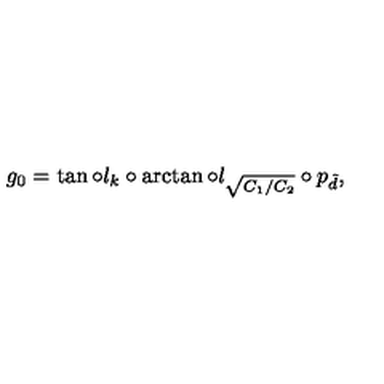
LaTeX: g _ { 0 } = \tan \circ l _ { k } \circ \arctan \circ l _ { \sqrt { C _ { 1 } / C _ { 2 } } } \circ p _ { \tilde { d } } ,